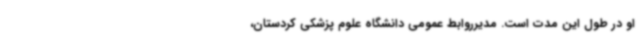
او در طول این مدت است. مدیرروابط عمومی دانشگاه علوم پزشکی کردستان،